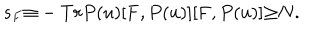
s _ { F } { \equiv } - T r P ( u ) [ { \bf F } , P ( u ) ] [ { \bf F } , P ( u ) ] { \geq } N .